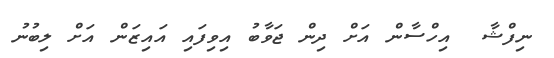
ނިފްޝާ  އިހްސާން އަށް ދިން ޖަވާބު އިވިފައި އައިޒަން އަށް ލިބުނު